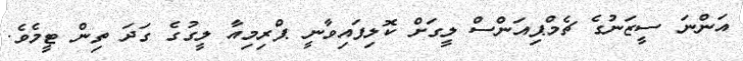
އަންނަ ސީޒަނުގެ ޗެމްޕިއަންސް ލީގަށް ކޮލިފައިވާނީ ޕްރިމިއާ ލީގުގެ ގަދަ ތިން ޓީމެވެ.